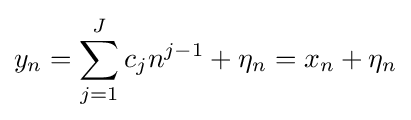
y_{n}=\sum _{j=1}^{J}c_{j}n^{j-1}+\eta _{n}=x_{n}+\eta _{n}